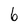
Character: 6